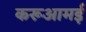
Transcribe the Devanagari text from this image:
करूआमई